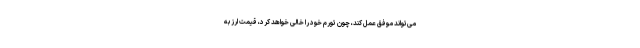
می‌تواند موفق عمل کند، چون تورم خود را خالی خواهد کرد، قیمت ارز به